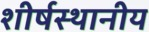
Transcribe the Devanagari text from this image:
शीर्षस्थानीय